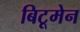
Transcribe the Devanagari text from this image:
बिटूमेन